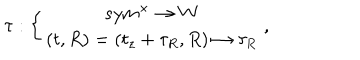
\tau : \left\{ \begin{array} { c } { { s y m ^ { \times } \rightarrow W } } \\ { { \left( t , R \right) = \left( t _ { z } + \tau _ { R } , R \right) \mapsto \tau _ { R } } } \\ \end{array} \right. ,